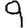
Digit: 9